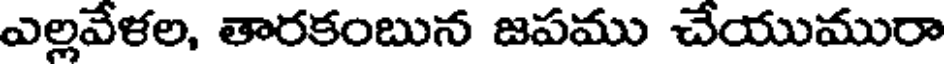
ఎల్లవేళల, తారకంబున జపము చేయుమురా